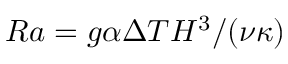
R a = g \alpha \Delta T H ^ { 3 } / ( \nu \kappa )